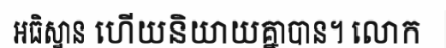
អធិស្ឋាន ហើយនិយាយគ្នាបាន។ លោក